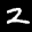
Label: 2